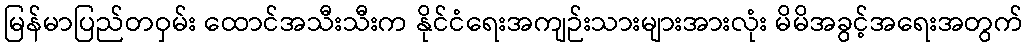
မြန်မာပြည်တဝှမ်း ထောင်အသီးသီးက နိုင်ငံရေးအကျဉ်းသားများအားလုံး မိမိအခွင့်အရေးအတွက်